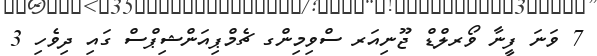
7 ވަނަ ފީނާ ވޯރލްޑް ޖޫނިއަރ ސްވިމިންގ ޗެމްޕިއަންޝިޕްސް ގައި ދިވެހި 3